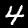
Digit: 4